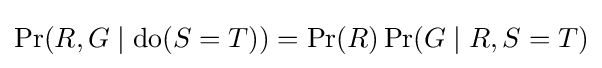
\Pr(R,G\mid {\text{do}}(S=T))=\Pr(R)\Pr(G\mid R,S=T)